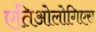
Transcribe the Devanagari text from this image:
एतिओलोगिएस